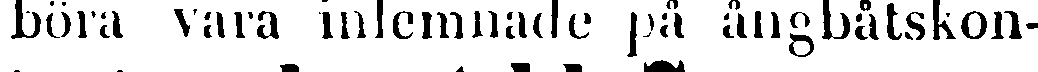
böra vara inlemnade på ångbåtskon-